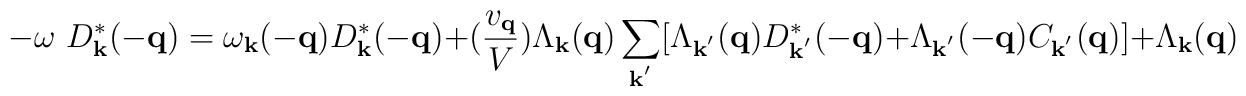
-\omega \mbox{ }D^{*}_{ {\bf{k}} }(-{\bf{q}})= \omega_{ {\bf{k}} }(-{\bf{q}})D^{*}_{ {\bf{k}} }(-{\bf{q}})+ (\frac{ v_{ {\bf{q}} } }{V})\Lambda_{ {\bf{k}} }({\bf{q}})\sum_{ {\bf{k}}^{'} }[\Lambda_{ {\bf{k}}^{'} }({\bf{q}})D^{*}_{ {\bf{k}}^{'} }(-{\bf{q}}) + \Lambda_{ {\bf{k}}^{'} }(-{\bf{q}})C_{ {\bf{k}}^{'} }({\bf{q}})]+ \Lambda_{ {\bf{k}} }({\bf{q}})